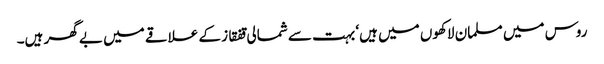
روس میں مسلمان لاکھوں میں ہیں‘ بہت سے شمالی قفقاز کے علاقے میں بے گھر ہیں۔